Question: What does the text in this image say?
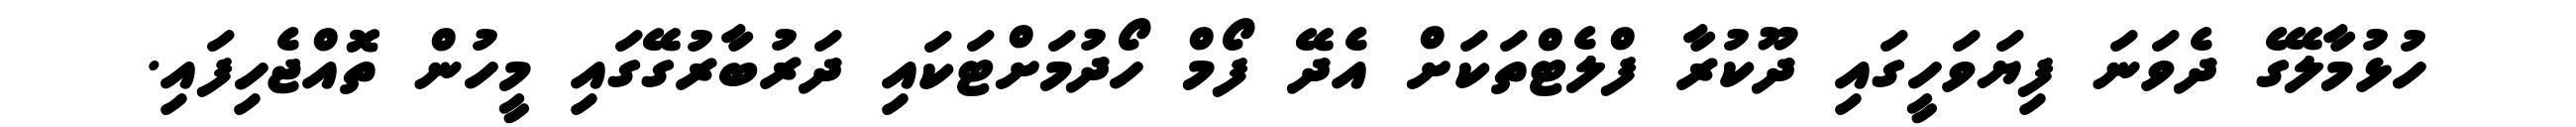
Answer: ހުޅުމާލޭގެ ދެވަނަ ފިޔަވަހީގައި ދޫކުރާ ފްލެޓްތަކަށް އެދޭ ފޯމް ހޯދުމަށްޓަކައި ދަރުބާރުގޭގައި މީހުން ތޮއްޖެހިފައި.